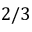
2 / 3